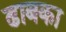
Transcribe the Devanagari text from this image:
ढाबका